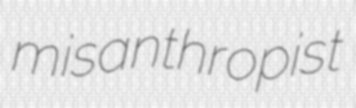
misanthropist